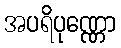
အပရိပုဏ္ဏော